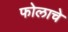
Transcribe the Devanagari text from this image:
फोलाचे